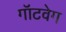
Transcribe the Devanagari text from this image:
गॉटवेग